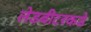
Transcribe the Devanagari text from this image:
लेडबीटरकडे